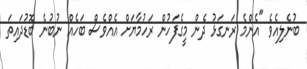
ބުނެލިއެވެ "އެންމެ ރަނގަޅު ދެން މީގެފަހުން ރަހުމާޔަށް އެއްވެސް ބަހެއް ނުބުނެ ބޮޑުދައިތަ